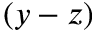
( y - z )